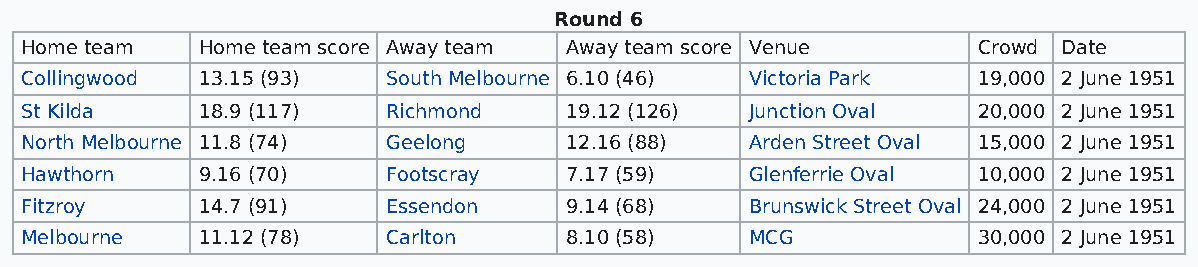
Round 6
 Home team   Home team score Away team Away team score Venue     Crowd Date
 Collingwood 13.15 (93)   South Melbourne 6.10 (46) Victoria Park 19,000 2 June 1951
 St Kilda    18.9 (117)   Richmond   19.12 (126)  Junction Oval  20,000 2 June 1951
 North Melbourne 11.8 (74) Geelong   12.16 (88)   Arden Street Oval 15,000 2 June 1951
 Hawthorn    9.16 (70)    Footscray  7.17 (59)    Glenferrie Oval 10,000 2 June 1951
 Fitzroy     14.7 (91)    Essendon   9.14 (68)    Brunswick Street Oval 24,000 2 June 1951
 Melbourne   11.12 (78)   Carlton    8.10 (58)    MCG            30,000 2 June 1951